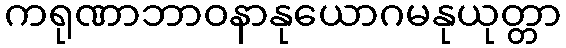
ကရုဏာဘာဝနာနုယောဂမနုယုတ္တာ